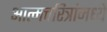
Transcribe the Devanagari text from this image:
आत्मचरित्रांमध्ये